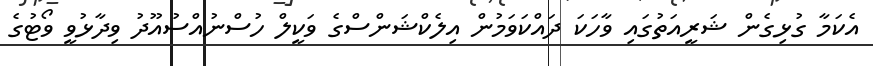
އެކަމާ ގުޅިގެން ޝަރީއަތުގައި ވާހަކަ ދައްކަވަމުން އިލެކްޝަންސްގެ ވަކީލް ހުސްނުއްސުއޫދު ވިދާޅުވީ ވޯޓުގެ